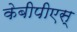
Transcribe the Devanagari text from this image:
केबीपीएस्‌